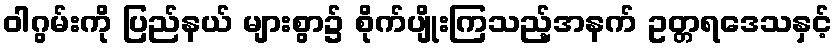
ဝါဂွမ်းကို ပြည်နယ် များစွာ၌ စိုက်ပျိုးကြသည့်အနက် ဥတ္တရဒေသနှင့်